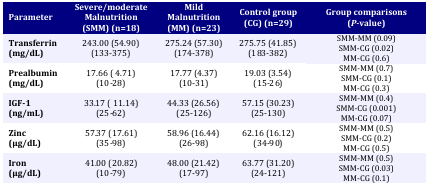
| Parameter | Severe/moderate Malnutrition(SMM) (n=18) | Mild Malnutrition (MM) (n=23) | Control group(CG) (n=29) | Group comparisons(P-value) |
 | --- | --- | --- | --- | --- |
 | Transferrin (mg/dL) | 243.00 (54.90)(133-375) | 275.24 (57.30)(174-378) | 275.75 (41.85)(183-382) | SMM-MM (0.09) SMM-CG (0.02) MM-CG (0.6) |
 | Prealbumin (mg/dL) | 17.66 ( 4.71)(10-28) | 17.77 (4.37)(10-31) | 19.03 (3.54)(15-26) | SMM-MM (0.7) SMM-CG (0.1) MM-CG (0.3) |
 | IGF-1 (ng/mL) | 33.17 ( 11.14)(25-62) | 44.33 (26.56)(25-126) | 57.15 (30.23)(25-130) | SMM-MM (0.4) SMM-CG (0.001) MM-CG (0.07) |
 | Zinc (μg/dL) | 57.37 (17.61)(35-98) | 58.96 (16.44)(26-98) | 62.16 (16.12)(34-90) | SMM-MM (0.5) SMM-CG (0.2) MM-CG (0.5) |
 | Iron (μg/dL) | 41.00 (20.82)(10-79) | 48.00 (21.42)(17-97) | 63.77 (31.20)(24-121) | SMM-MM (0.5) SMM-CG (0.03) MM-CG (0.1) |